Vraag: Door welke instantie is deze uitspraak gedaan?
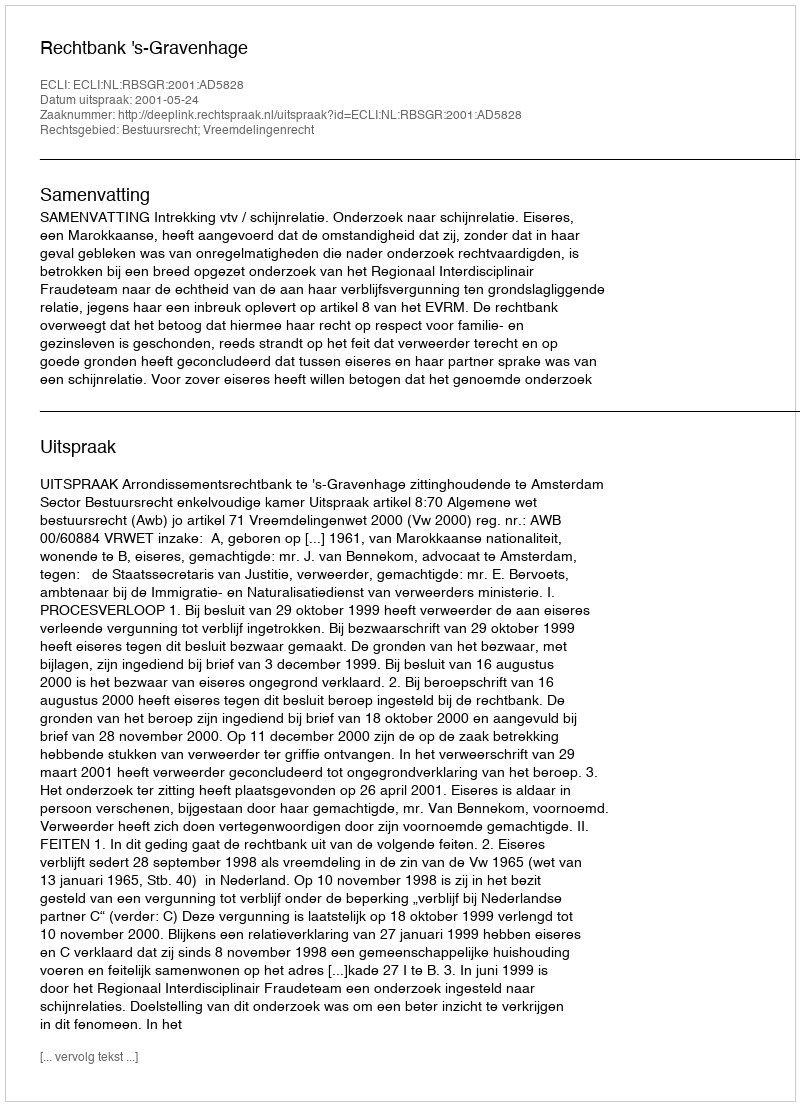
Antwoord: Rechtbank 's-Gravenhage